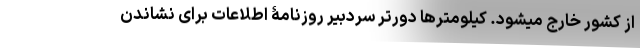
از کشور خارج میشود. کیلومترها دورتر سردبیر روزنامۀ اطلاعات برای نشاندن